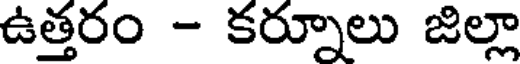
ఉత్తరం - కర్నూలు జిల్లా